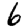
Digit: 6